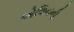
એલિનની